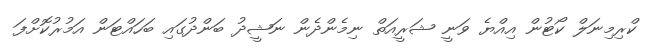
ކްރިމިނަލް ކޯޓުން އިއްޔެ ވަނީ ޝަރީއަތް ނިމެންދެން ނަޝީދު ބަންދުގައި ބަހައްޓަން އަމުރުކޮށްފަ